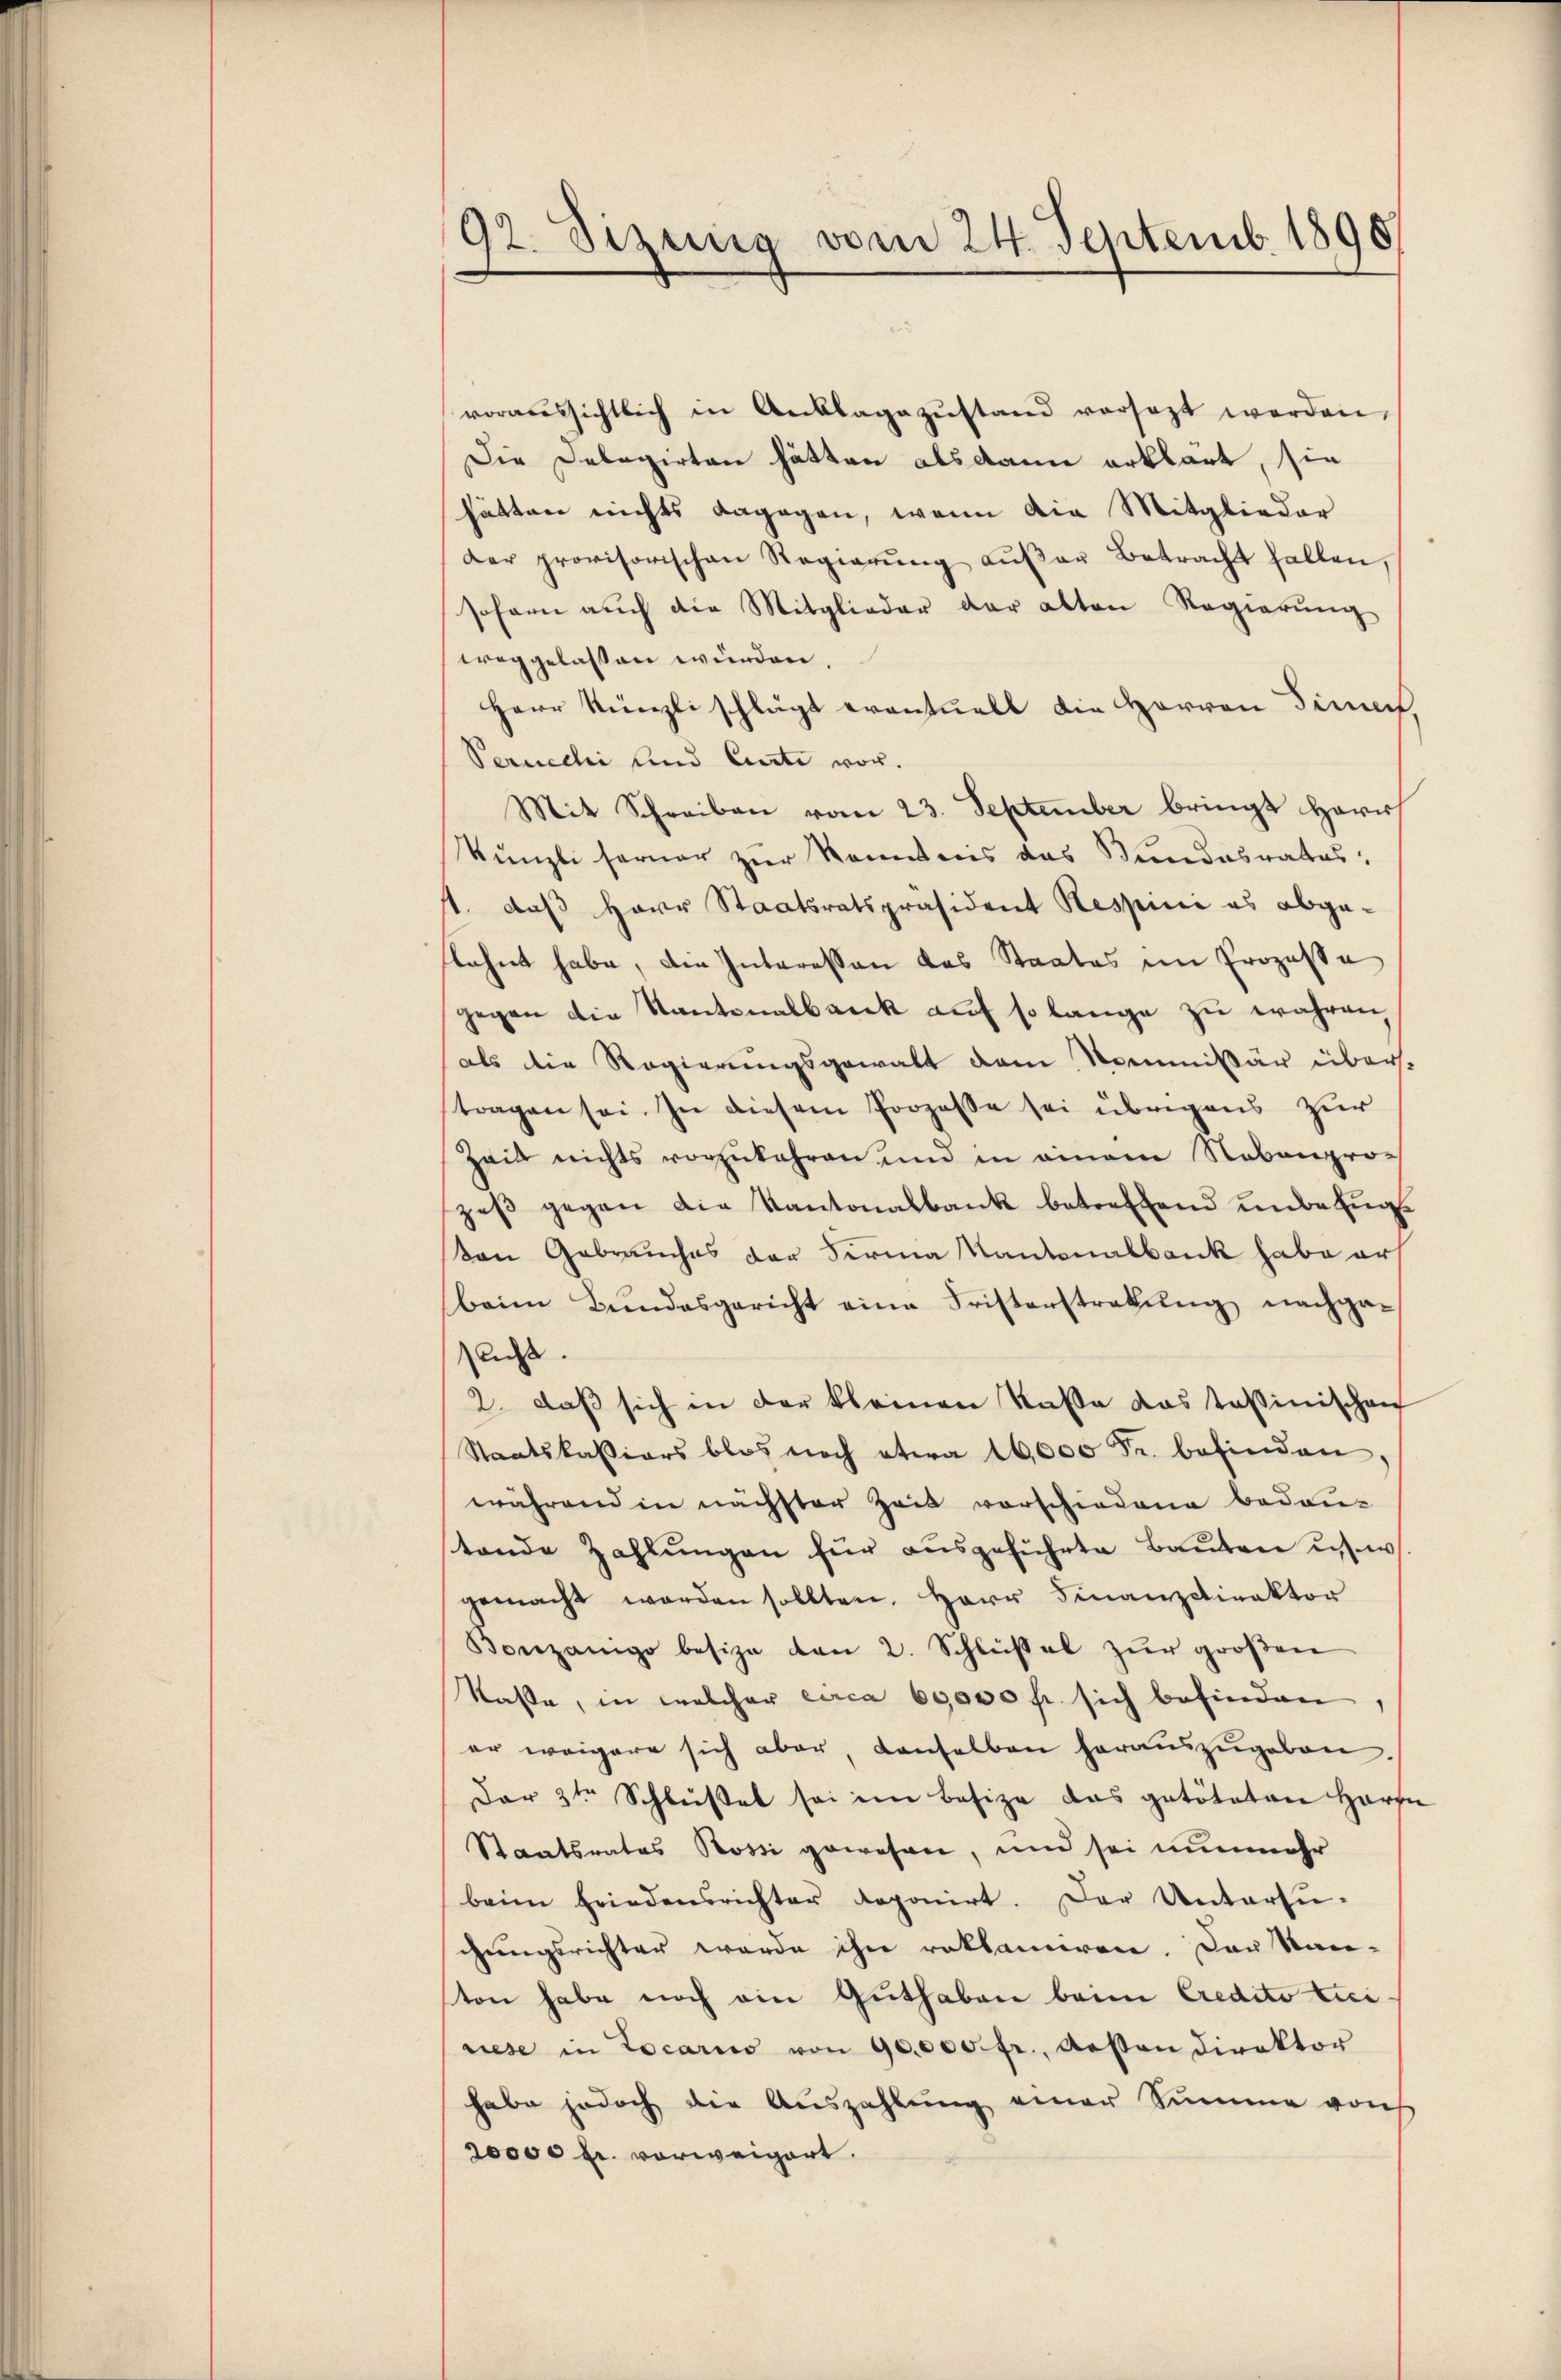
92. Sizung vom 24. Septemb. 1890

voraŭssichtlich in Anklage zŭstand versezt werden,
Die Delegirten hätten als danne erklärt, sie
hätten nichts dagegen, wenn die Mitglieder
der provisorischen Regierŭng aŭβer Betracht fallen.
sofern auch die Mitglieder der alten Regierŭng
weggelassen würden.
Herr Künzli schlägt eventuell die Herren Sinnen
Peruechi und Curti vor.
Mit Schreiben vom 23. September bringt Herr
Künzli ferner zur Kenntnis das Bundesrates:
st. daß Herr Staatsratspräsident Respine es abgeflehnt habe, die Interessen das Staates im Prozesse
gegen die Kantonalbank auf so lange zu wahren,
als die Regierungsgewalt dem Nommissär überstragen sei. In diesem Prozeße sei übrigens zur
Zeit nichts vorzukehren und in einem Nebenprozeβ gegen die Kantonalbank betreffend unde Engvon Gebrauches der Firma Kantonalbank habe ers
beim Bŭndesgericht eine Fristerstrabŭng nachga-
sacht.
2. daβ sich in der kleinen Kasse das Tassinischen
Staatskassions blos noch etwa 16,000 Fr. befinden,
während in nächster Zeit vorschiedene bedau-
stande Zahlŭngen für aŭsgeführte Baŭten u. w
gemacht worden sollten. Herr Finanzdirektor
Vonzango besize den 2. Schlüßel zur großen
Kasse, in welcher circa 60000 fr. sich befinden,
er weigere sich aber, denselben heraŭszŭgeben.
Der 3ten Schlüßel sei im Besize das getöteten Harzn
Staatsrates Rossi gewesen, und sei nunmehr
beim Friedensrichter deponirt. Der Untersuchungsrichter werde ihn reklamiren. Das Kan-
sten habe noch ein Guthaben beim Credito Lici
riese in Locario von 90,000 fr., Aesten Direktor
habe jedoch die Aŭszahlŭng einer Summe von
20000 fl. vorweigert.